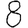
Digit: 8